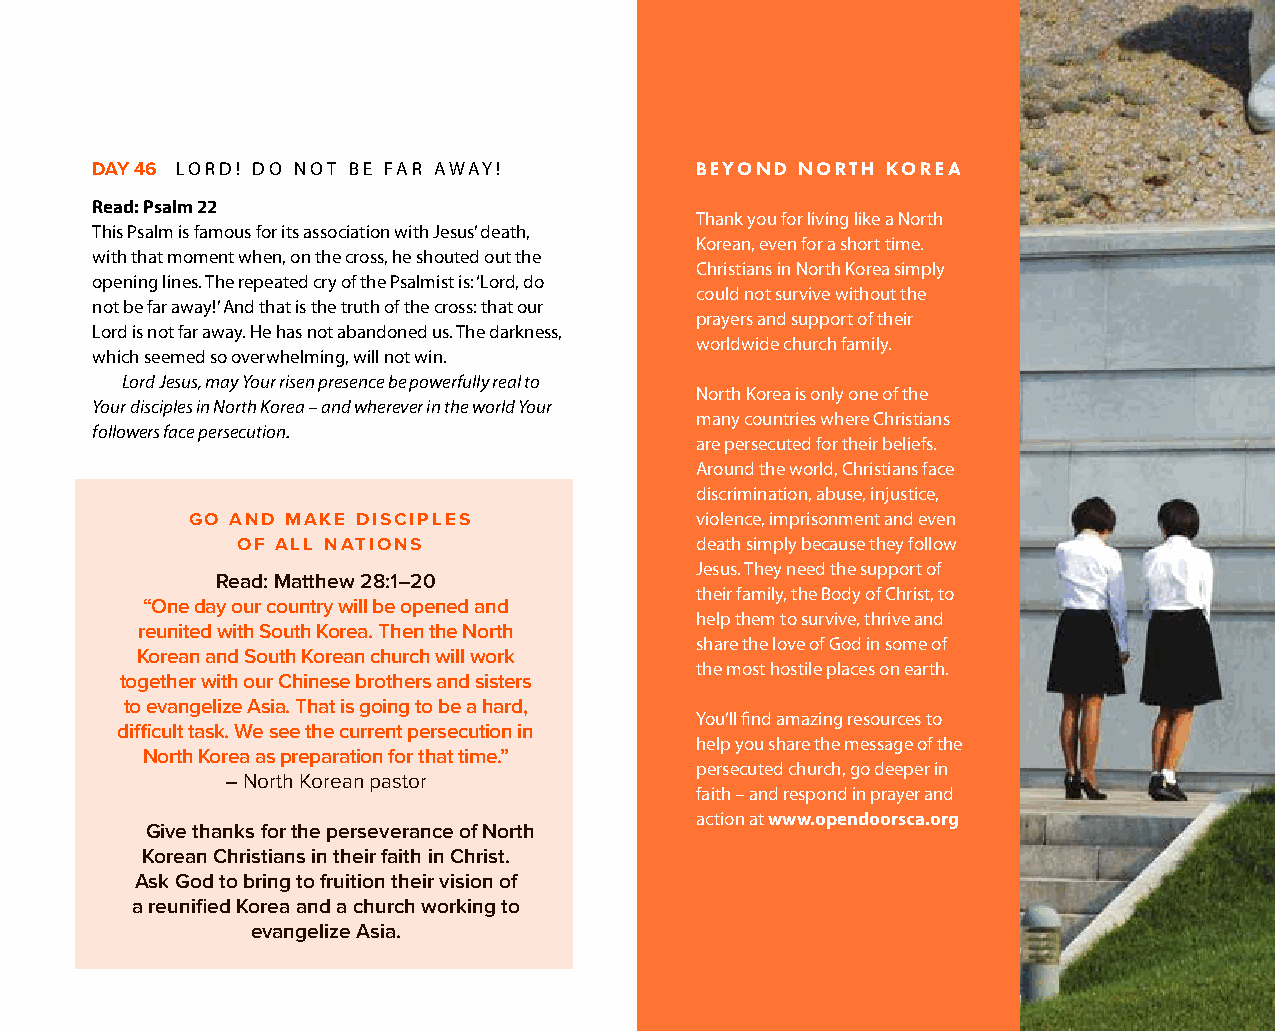
DAY 46 LORD! DO NOT BE FAR AWAY!        BEYOND NORTH KOREA
 Read: Psalm 22
 Thank you for living like a North
 This Psalm is famous for its association with Jesus’ death,
 Korean, even for a short time.
 with that moment when, on the cross, he shouted out the
 Christians in North Korea simply
 opening lines. The repeated cry of the Psalmist is: ‘Lord, do
 could not survive without the
 not be far away!’ And that is the truth of the cross: that our
 prayers and support of their
 Lord is not far away. He has not abandoned us. The darkness,
 worldwide church family.
 which seemed so overwhelming, will not win.
 Lord Jesus, may Your risen presence be powerfully real to
 North Korea is only one of the
 Your disciples in North Korea – and wherever in the world Your
 many countries where Christians
 followers face persecution.
 are persecuted for their beliefs.
 Around the world, Christians face
 discrimination, abuse, injustice,
 GO AND MAKE DISCIPLES             violence, imprisonment and even
 OF ALL NATIONS                death simply because they follow
 Jesus. They need the support of
 Read: Matthew 28:1–20
 their family, the Body of Christ, to
 “One day our country will be opened and
 help them to survive, thrive and
 reunited with South Korea. Then the North
 share the love of God in some of
 Korean and South Korean church will work
 the most hostile places on earth.
 together with our Chinese brothers and sisters
 to evangelize Asia. That is going to be a hard,
 You’ll find amazing resources to
 difficult task. We see the current persecution in
 help you share the message of the
 North Korea as preparation for that time.”
 persecuted church, go deeper in
 – North Korean pastor
 faith – and respond in prayer and
 action at www.opendoorsca.org
 Give thanks for the perseverance of North
 Korean Christians in their faith in Christ.
 Ask God to bring to fruition their vision of
 a reunified Korea and a church working to
 evangelize Asia.